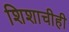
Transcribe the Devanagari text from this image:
शिशाचीही